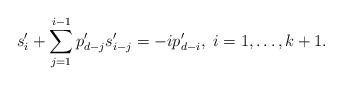
\begin{align*} s_i'+\sum_{j=1}^{i-1}p'_{d-j}s'_{i-j}=-ip'_{d-i},~i=1,\dots,k+1. \end{align*}